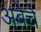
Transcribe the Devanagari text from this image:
अबेचे